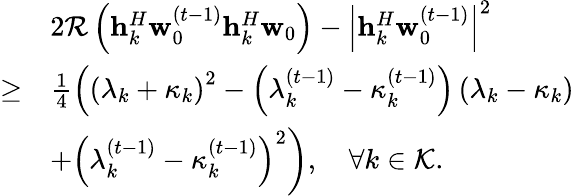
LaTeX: \begin{array}{rl}&{2\mathcal{R}\left(\mathbf{h}_{k}^{H}\mathbf{w}_{0}^{(t-1)}{\mathbf{h}}_{k}^{H}\mathbf{w}_{0}\right)-\left|{\mathbf{h}}_{k}^{H}\mathbf{w}_{0}^{(t-1)}\right|^{2}}\\ {\geq}&{\frac{1}{4}\left(\left(\lambda_{k}+\kappa_{k}\right)^{2}-\left(\lambda_{k}^{(t-1)}-\kappa_{k}^{(t-1)}\right)\left(\lambda_{k}-\kappa_{k}\right)\right.}\\ &{\left.+\left(\lambda_{k}^{(t-1)}-\kappa_{k}^{(t-1)}\right)^{2}\right),\quad\forall k\in\mathcal{K}.}\end{array}